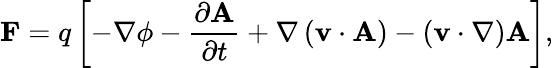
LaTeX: \mathbf{F}=q\left[-\nabla\phi-{\frac{\partial\mathbf{A}}{\partial t}}+\nabla\left(\mathbf{v}\cdot\mathbf{A}\right)-\left(\mathbf{v}\cdot\nabla\right)\mathbf{A}\right],